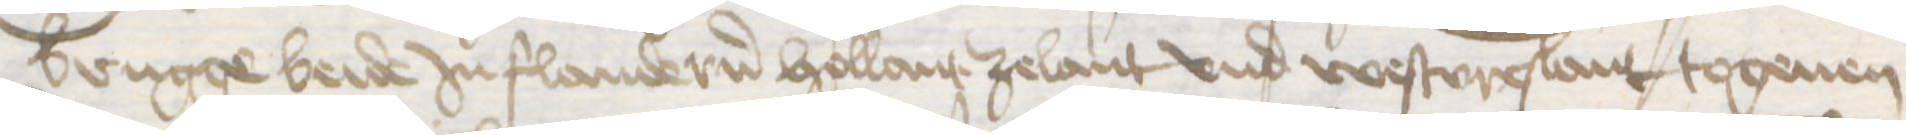
Brugge beide Jn Flandern Hollant Zelant vnd Westvreslant togeuen